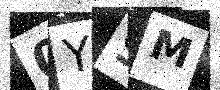
Text: 0Y9M